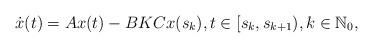
LaTeX: \begin{align*}\dot x(t)=Ax(t)-BKCx(s_k), t\in[s_k,s_{k+1}),k\in\mathbb{N}_0,\end{align*}